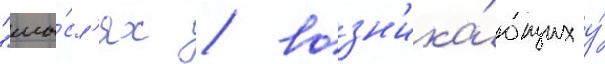
"мы́сл'ях / возн'ика́ющих у́